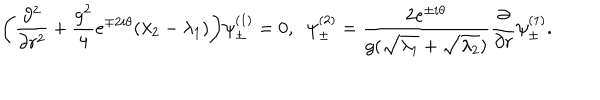
\bigg ( \frac { \partial ^ { 2 } } { \partial r ^ { 2 } } + \frac { g ^ { 2 } } { 4 } e ^ { \mp 2 i \theta } ( \lambda _ { 2 } - \lambda _ { 1 } ) \bigg ) \psi _ { \pm } ^ { ( 1 ) } = 0 , \; \; \psi _ { \pm } ^ { ( 2 ) } = \frac { 2 e ^ { \pm i \theta } } { g ( \sqrt { \lambda _ { 1 } } + \sqrt { \lambda _ { 2 } } ) } \frac { \partial } { \partial r } \psi _ { \pm } ^ { ( 1 ) } .